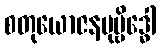
စတုယောဇနမုဗ္ဗိဒ္ဓေါ